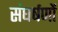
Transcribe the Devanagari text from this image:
संघर्षणों